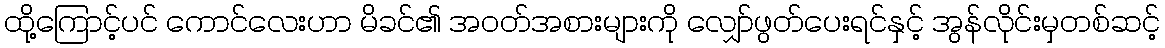
ထို့ကြောင့်ပင် ကောင်လေးဟာ မိခင်၏ အဝတ်အစားများကို လျှော်ဖွတ်ပေးရင်နှင့် အွန်လိုင်းမှတစ်ဆင့်